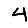
Digit: 4